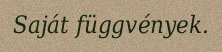
Saját függvények.